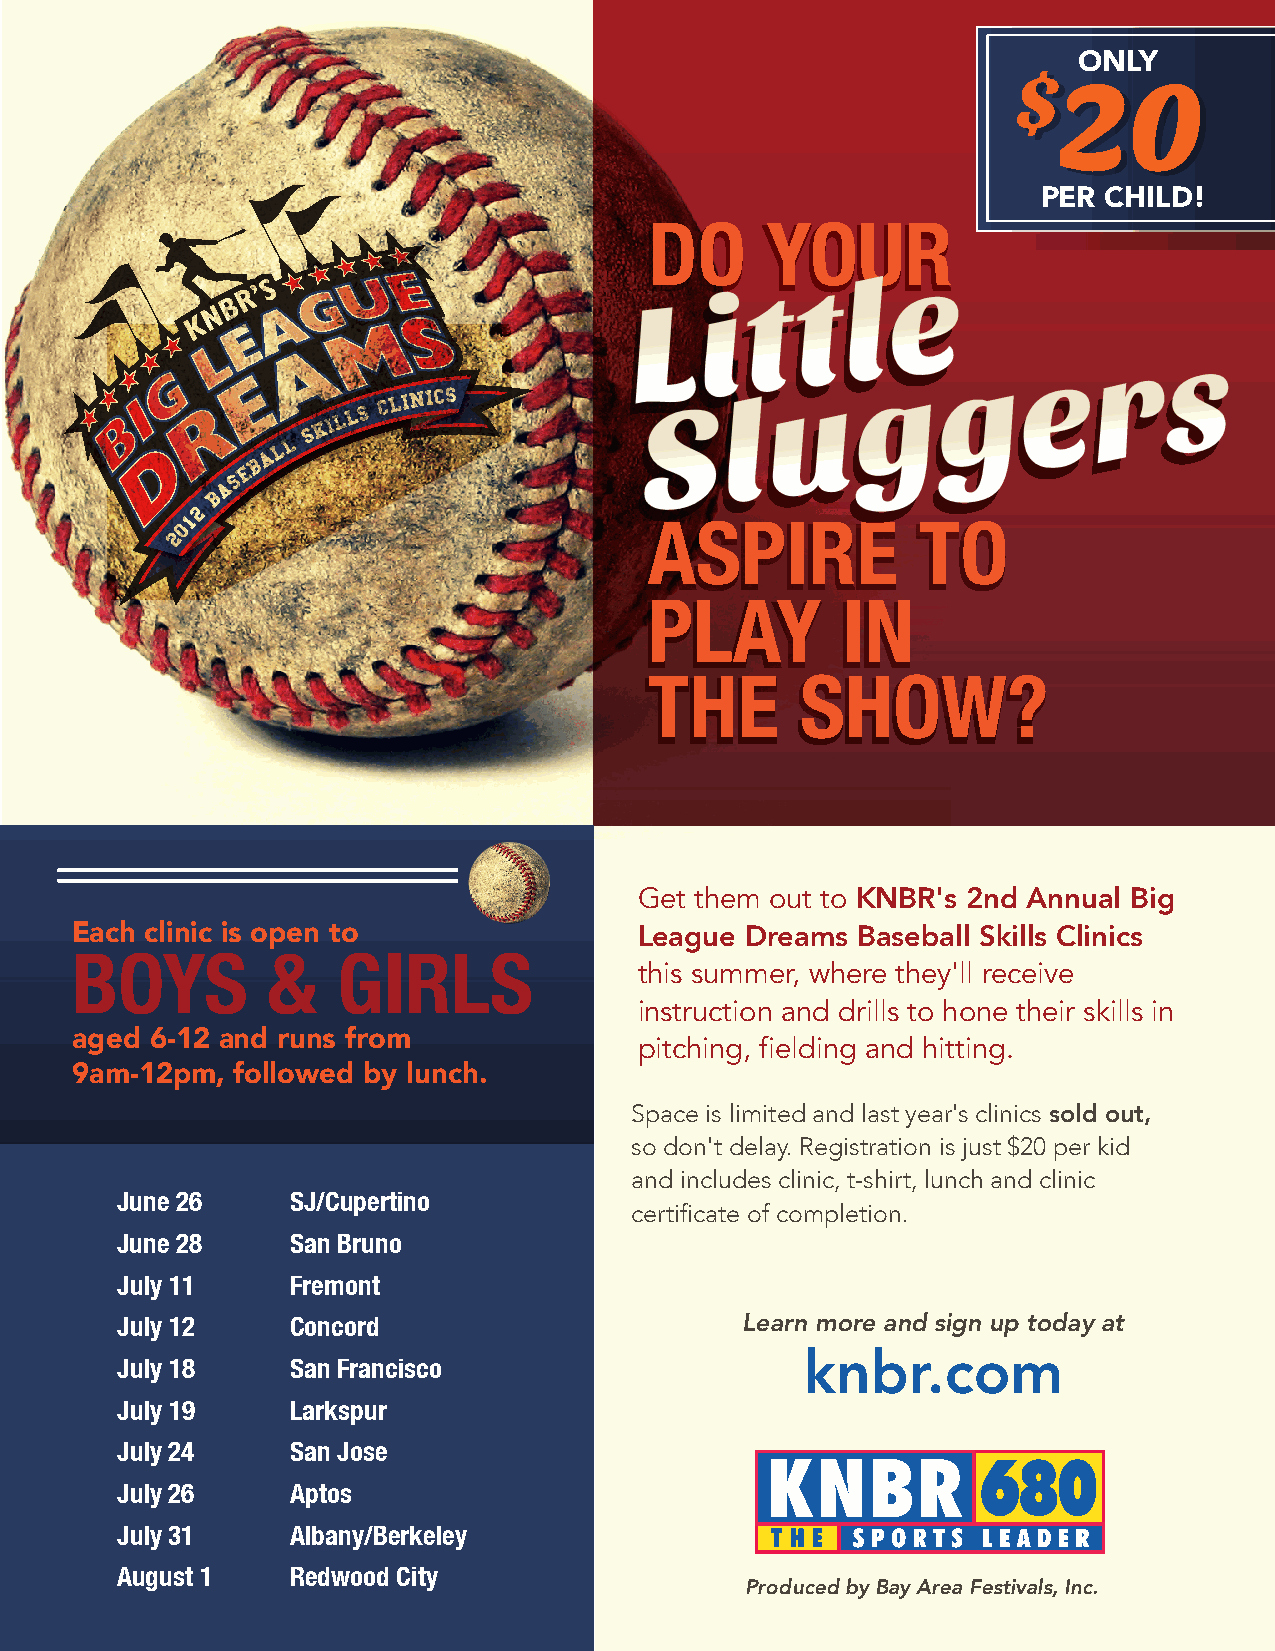
ONLY
 $$2200
 PER CHILD!
 DDOO    YYOOUURR
 e
 L   i  t   t  l
 s
 r
 e
 g
 g
 u
 S    l
 AASSPPIIRREE      TTOO
 PPLLAAYY     IINN
 TTHHEE    SSHHOOWW??
 Get them out to KNBR's 2nd Annual Big
 Each clinic is open to               League Dreams  Baseball Skills Clinics
 BOYS         &   GIRLS
 this summer, where they'll receive
 instruction and drills to hone their skills in
 aged 6-12 and runs from
 pitching, fielding and hitting.
 9am-12pm,  followed by lunch.
 Space is limited and last year's clinics sold out,
 so don't delay. Registration is just $20 per kid
 and includes clinic, t-shirt, lunch and clinic
 June 26    SJ/Cupertino
 certificate of completion.
 June 28    San Bruno
 July 11    Fremont
 July 12    Concord                       Learn more and sign up today at
 knbr.com
 July 18    San Francisco
 July 19    Larkspur
 July 24    San Jose
 July 26    Aptos
 July 31    Albany/Berkeley
 August 1   Redwood City
 Produced by Bay Area Festivals, Inc.